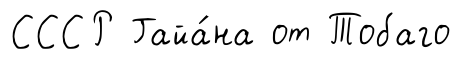
СССР Гайа́на от Тобаго